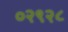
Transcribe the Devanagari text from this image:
०२९२८